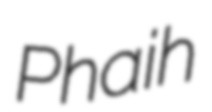
Phaih